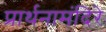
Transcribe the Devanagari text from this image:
प्रार्थनामंदिरे